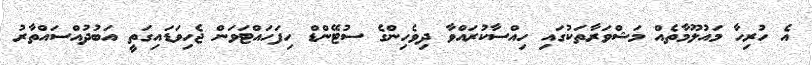
އެ ހުރިހާ މައުލޫމާތެއް މަޝްވަރާތަކުގައި ހިއްސާކުރައްވާ ދިވެހިންގެ ސުޓޭންޑް ހިފަހައްޓަަވަން ޖެހިވަޑައިގަތީ އަބުދުއްސައްތާރު